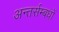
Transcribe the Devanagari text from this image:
अन्तर्सम्बधों